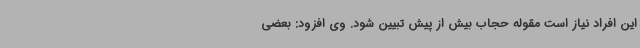
این افراد نیاز است مقوله حجاب بیش از پیش تبیین شود. وی افزود: بعضی